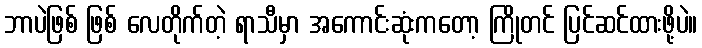
ဘာပဲဖြစ် ဖြစ် လေတိုက်တဲ့ ရာသီမှာ အကောင်းဆုံးကတော့ ကြိုတင် ပြင်ဆင်ထားဖို့ပဲ။